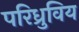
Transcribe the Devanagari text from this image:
परिध्रुविय